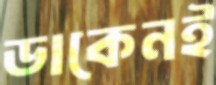
ডাকেনই